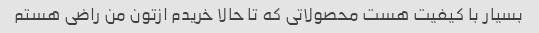
بسیار با کیفیت هست محصولاتی که تا حالا خریدم ازتون من راضی هستم